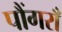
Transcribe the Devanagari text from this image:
पौंगराँ